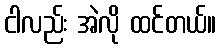
ငါလည်း အဲလို ထင်တယ်။